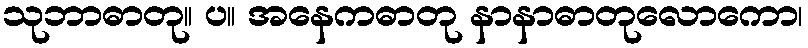
သုဘာဓာတု။ ပ။ အနေကဓာတု နာနာဓာတုလောကော၊